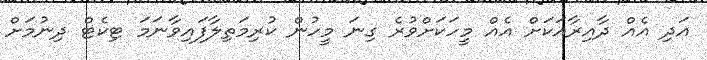
އަދި އެއް ދާއިރާއަކަށް އެއް މީހަކަށްވުރެ ގިނަ މީހުން ކުރިމަތިލާފައިވާނަމަ ޓިކެޓް ދިނުމަށް